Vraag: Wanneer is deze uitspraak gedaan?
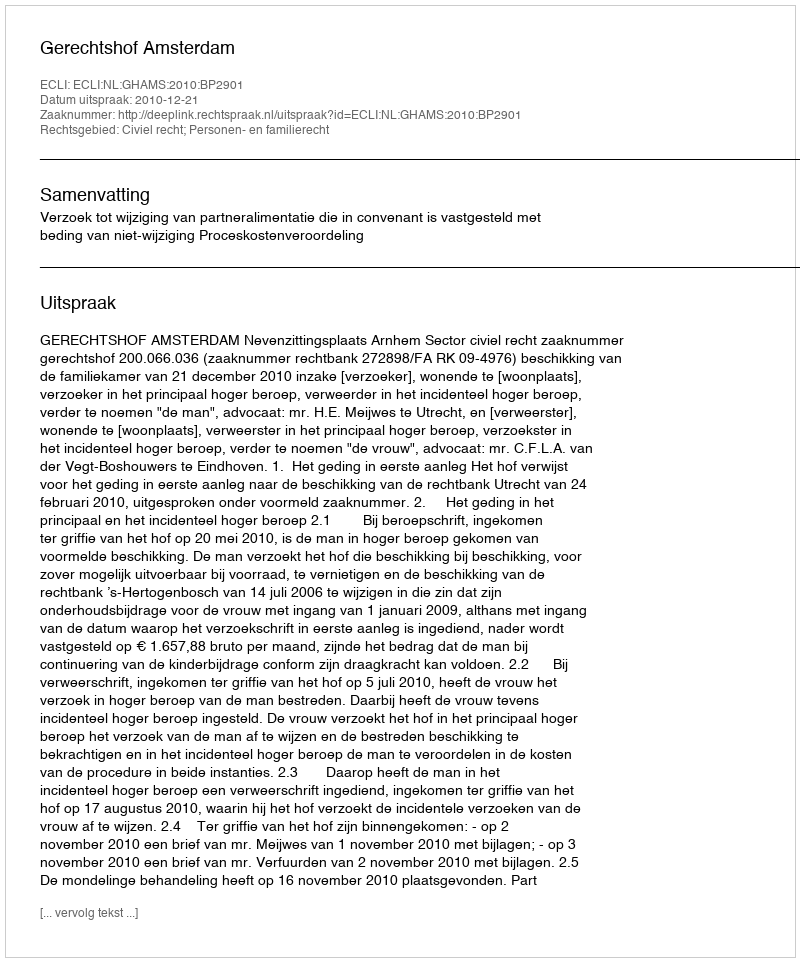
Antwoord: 2010-12-21